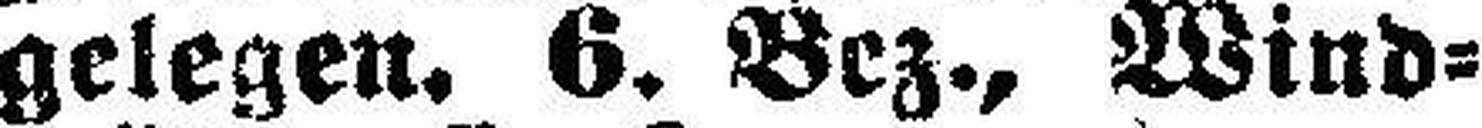
gelegen. 6. Bez., Wind¬